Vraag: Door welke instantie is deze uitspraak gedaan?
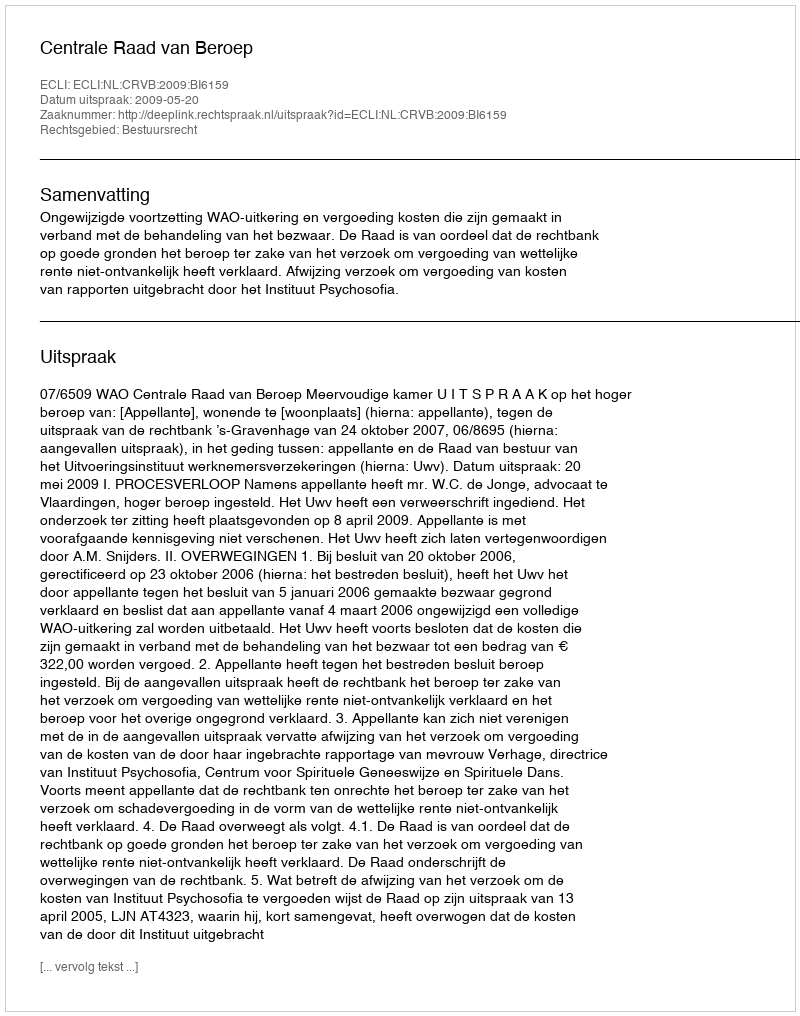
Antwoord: Centrale Raad van Beroep